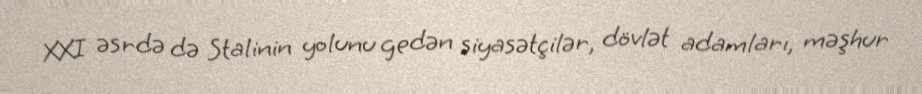
XXI əsrdə də Stalinin yolunu gedən siyasətçilər, dövlət adamları, məşhur